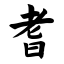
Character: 耆